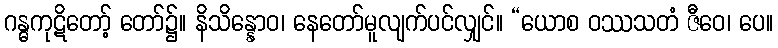
ဂန္ဓကုဋိတော့် တော်၌။ နိသိန္နောဝ၊ နေတော်မူလျက်ပင်လျှင်။ “ယောစ ဝဿသတံ ဇီဝေ၊ ပေ။